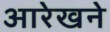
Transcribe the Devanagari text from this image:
आरेखने